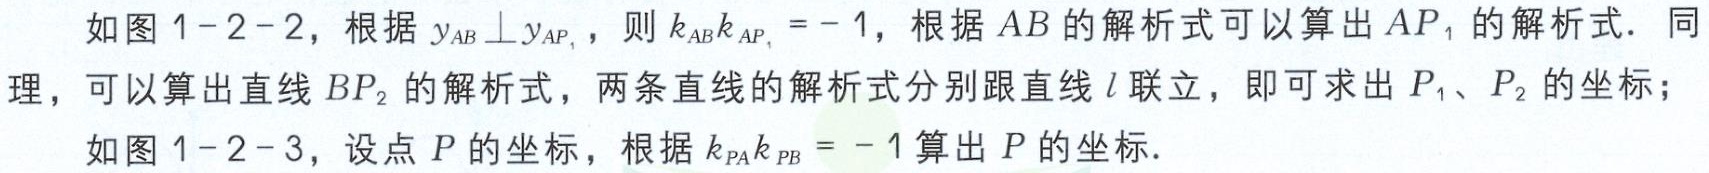
如图 1-2-2，根据 \(y_{AB} \perp y_{AP_{1}}\)，则 \(k_{AB}k_{AP_{1}} = - 1\)，根据 \(AB\) 的解析式可以算出 \(AP_{1}\) 的解析式．同理，可以算出直线 \(BP_{2}\) 的解析式，两条直线的解析式分别跟直线 \(l\) 联立，即可求出 \(P_{1}\)、\(P_{2}\) 的坐标；
如图 1-2-3，设点 \(P\) 的坐标，根据 \(k_{PA}k_{PB} = - 1\) 算出 \(P\) 的坐标．